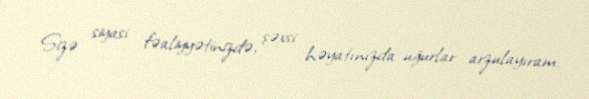
Sizə siyasi fəaliyyətinizdə, şəxsi həyatınızda uğurlar arzulayıram.